Regulations for the medical services of the Army of India
Year: 1930
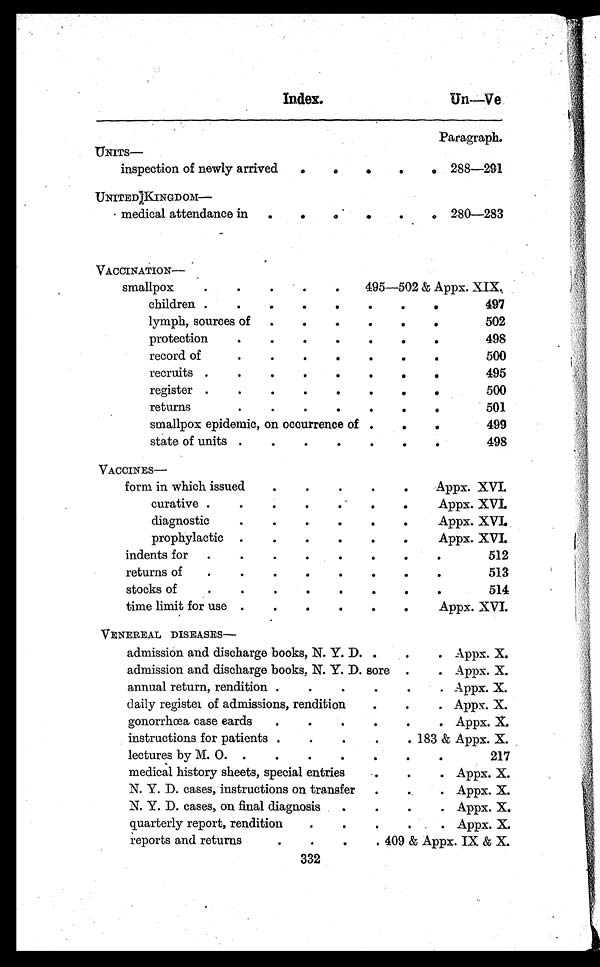
Index.
Un—Ve
Paragraph.
UNITS
—
inspection of newly arrived . . .
288—291
UNITED KINGDOM—
medical attendance in . . .
280—283
V A C C I N A T I O N —
smallpox . . .
495—502 & Appx
. X I X .
c h i l d r e n . . .
497
lymph, sources of . . .
502
protection . . .
498
record of . . .
500
recruits . . .
495
register . . .
500
returns . . .
501
smallpox epidemic, on occurrence of . . .
499
state of units . . .
498
VACCINES
—
form in which issued . . .
Appx. XVI.
curative . . .
Appx. XVI.
diagnostic . . .
Appx. XVI.
prophylactic . . .
Appx. XVI.
indents for . . .
512
returns of . . .
513
stocks of . . .
514
time limit for use . . .
Appx. XVI.
VENEREAL DISEASES
—
admission and discharge books, N. Y. D. . . .
Appx. X.
admission and discharge books, N. Y. D. sore . . .
Appx. X.
annual return, rendition . . .
Appx. X.
daily register of admissions, rendition . . .
Appx. X.
gonorrhœa case eards . . .
Appx. X.
instructions for patients . . .
183 & Appx. X.
lectures by M. O. . . .
2 1 7
medical history sheets, special entries . . .
Appx. X.
N. Y. D. cases, instructions on transfer . . .
Appx. X.
N. Y. D. cases, on final diagnosis . . .
Appx. X.
quarterly report, rendition . . .
Appx. X.
reports and returns . . .
409 & Appx . IX & X.
332